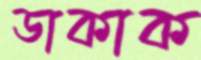
ডাকাক